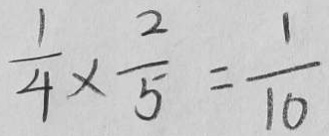
\frac { 1 } { 4 } \times \frac { 2 } { 5 } = \frac { 1 } { 1 0 }